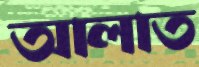
আলাত